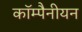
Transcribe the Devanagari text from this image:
कॉम्पैनीयन